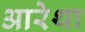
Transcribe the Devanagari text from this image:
आरेथा